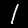
Label: 1